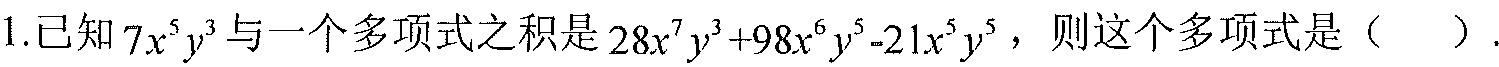
1.已知\(7x^{5}y^{3}\)与一个多项式之积是\(28x^{7}y^{3} + 98x^{6}y^{5}-21x^{5}y^{5}\)，则这个多项式是（  ）.